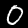
Label: 0